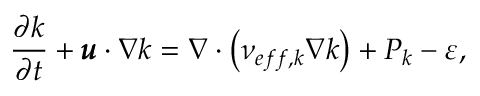
\frac { \partial k } { \partial t } + \pmb { u } \cdot \nabla k = \nabla \cdot \left( \nu _ { e f f , k } \nabla k \right) + P _ { k } - \varepsilon ,